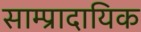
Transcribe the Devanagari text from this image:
साम्प्रादायिक